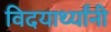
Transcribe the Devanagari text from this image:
विदयार्थ्‍यांनी